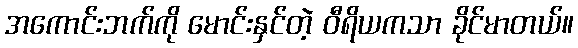
အကောင်းဘက်ကို မောင်းနှင်တဲ့ ဝီရိယကသာ ခိုင်မာတယ်။